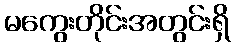
မကွေးတိုင်းအတွင်းရှိ